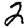
Digit: 2